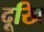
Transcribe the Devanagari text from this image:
दूखि